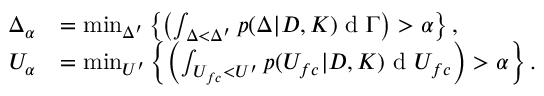
\begin{array} { r l } { \Delta _ { \alpha } } & { = \operatorname* { m i n } _ { \Delta ^ { \prime } } \left\{ \left( \int _ { \Delta < \Delta ^ { \prime } } p ( \Delta | D , K ) \textup { d } \Gamma \right) > \alpha \right\} , } \\ { U _ { \alpha } } & { = \operatorname* { m i n } _ { U ^ { \prime } } \left\{ \left( \int _ { U _ { f c } < U ^ { \prime } } p ( U _ { f c } | D , K ) \textup { d } U _ { f c } \right) > \alpha \right\} . } \end{array}